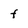
Character: f